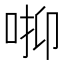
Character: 𠳑